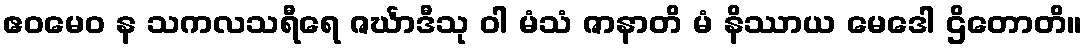
ဧဝမေဝ န သကလသရီရေ ဇင်္ဃာဒီသု ဝါ မံသံ ဇာနာတိ မံ နိဿာယ မေဒေါ ဌိတောတိ။